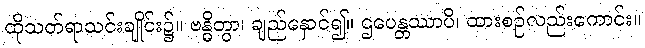
ထိုသတ်ရာသင်းချိုင်း၌။ ဗန္ဓိတွာ၊ ချည်နှောင်၍။ ဌပေန္တဿာပိ၊ ထားစဉ်လည်းကောင်း။